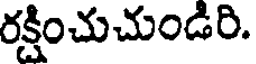
రక్షించుచుండిరి.